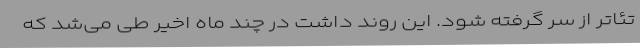
تئاتر از سر گرفته شود. این روند داشت در چند ماه اخیر طی می‌شد که